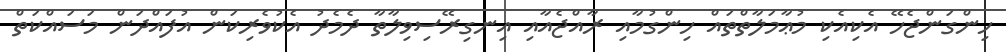
ހިންގަންޖެހޭ އެކިއެކި މުޢާމަލާތްތައް ހިންގުމާއި ރާއްޖެއާއި އިނގިރޭސިވިލާތާ ދެމެދު އެކުވެރިކަން އުފައްދަން މަސައްކަތް